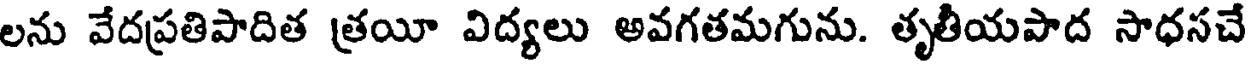
లను వేదప్రతిపాదిత త్రయీ విద్యలు అవగతమగును. తృతీయపాద సాధసచే